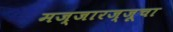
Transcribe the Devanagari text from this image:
मज्जारज्जूचा